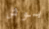
بوش